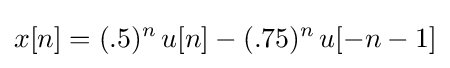
x[n]=(.5)^{n}\,u[n]-(.75)^{n}\,u[-n-1]